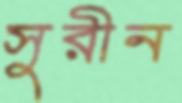
সুরীন